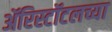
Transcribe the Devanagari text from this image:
ॲरिस्टॉटलच्या